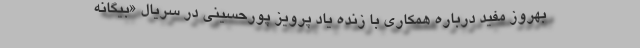
بهروز مفید درباره همکاری با زنده یاد پرویز پورحسینی در سریال «بیگانه